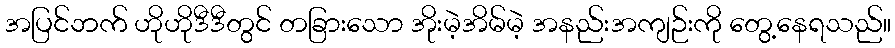
အပြင်ဘက် ဟိုဟိုဒီဒီတွင် တခြားသော အိုးမဲ့အိမ်မဲ့ အနည်းအကျဉ်းကို တွေ့နေရသည်။